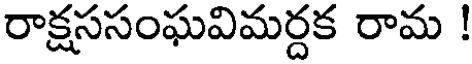
రాక్షససంఘవిమర్దక రామ !